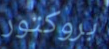
بروكتور